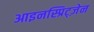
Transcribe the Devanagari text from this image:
आइनस्प्रिट्ज़ेन